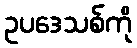
ဥပဒေသစ်ကို